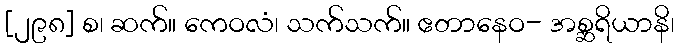
[၂၉၈] စ၊ ဆက်။ ကေဝလံ၊ သက်သက်။ ဧတာနေဝ- အစ္ဆရိယာနိ၊